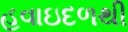
હવાઇદળથી